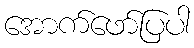
အောက်ဖော်ပြပါ